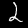
Label: 2